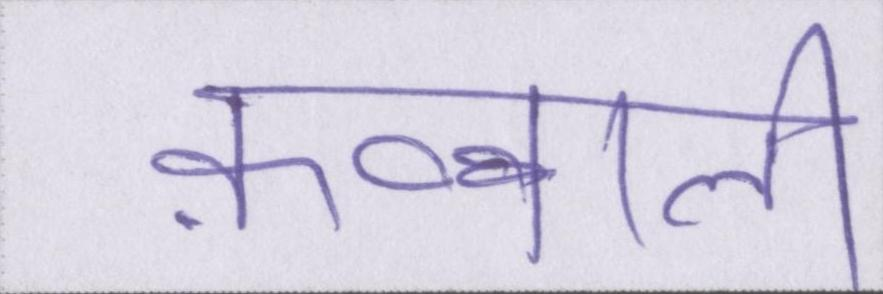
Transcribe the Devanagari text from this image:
क़व्वाली